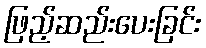
ဖြည့်ဆည်းပေးခြင်း